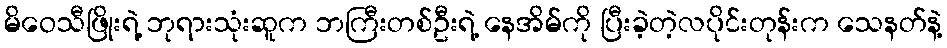
မိဝေသီဖြိုးရဲ့ ဘုရားသုံးဆူက ဘကြီးတစ်ဦးရဲ့ နေအိမ်ကို ပြီးခဲ့တဲ့လပိုင်းတုန်းက သေနတ်နဲ့